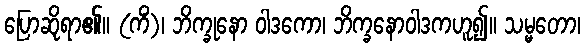
ပြောဆိုရာ၏။ (ကိံ)၊ ဘိက္ခုနော ဝါဒကော၊ ဘိက္ခနောဝါဒကဟူ၍။ သမ္မတော၊